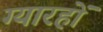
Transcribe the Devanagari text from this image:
ग्यारहों